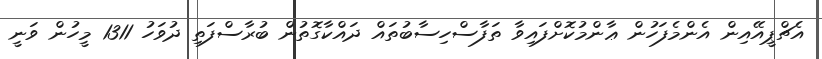
އެޗްޕީއޭއިން އެންމެފަހުން ޢާންމުކޮށްފައިވާ ތަފާސްހިސާބުތައް ދައްކާގޮތުން ބުރާސްފަތި ދުވަހު 1311 މީހުން ވަނީ